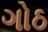
ગોઠ